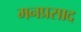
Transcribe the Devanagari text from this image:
मनप्रसाद